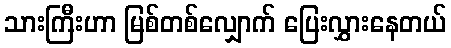
သားကြီးဟာ မြစ်တစ်လျှောက် ပြေးလွှားနေတယ်